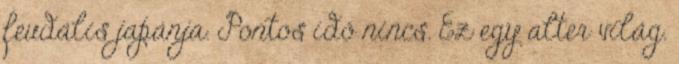
feudális japánja. Pontos idő nincs. Ez egy alter világ.